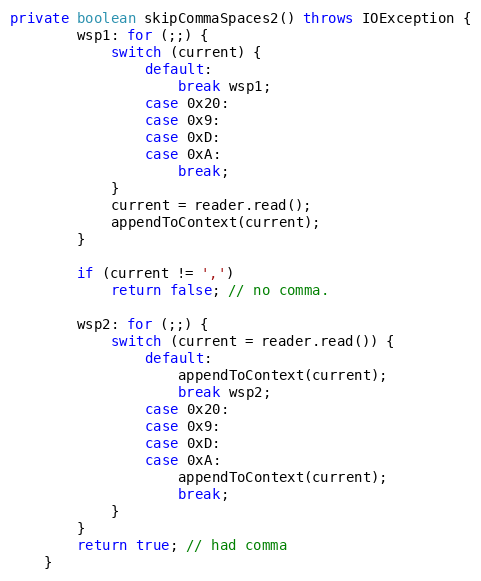
Language: Java
private boolean skipCommaSpaces2() throws IOException {
        wsp1: for (;;) {
            switch (current) {
                default:
                    break wsp1;
                case 0x20:
                case 0x9:
                case 0xD:
                case 0xA:
                    break;
            }
            current = reader.read();
            appendToContext(current);
        }

        if (current != ',')
            return false; // no comma.

        wsp2: for (;;) {
            switch (current = reader.read()) {
                default:
                    appendToContext(current);
                    break wsp2;
                case 0x20:
                case 0x9:
                case 0xD:
                case 0xA:
                    appendToContext(current);
                    break;
            }
        }
        return true; // had comma
    }